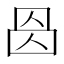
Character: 𠉁